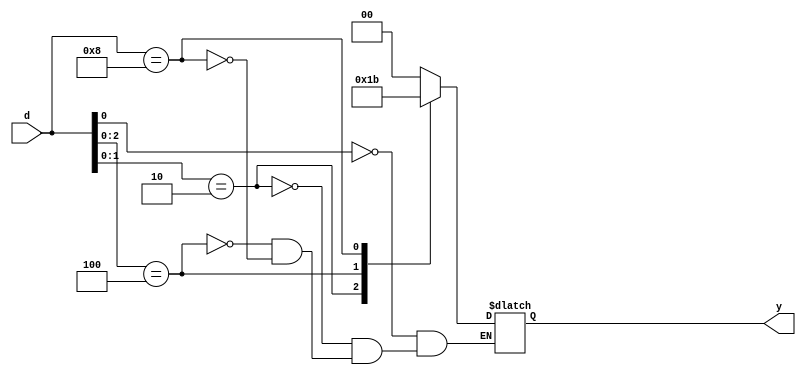
module priority_encoder(d,y);
input [3:0]d;
output reg [1:0]y;
always @(*)begin
	casez(d)
	4'b???1:y=2'b00;
	4'b??10:y=2'b01;
	4'b?100:y=2'b10;
	4'b1000:y=2'b11;
	endcase
end
endmodule